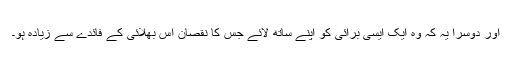
اور دوسرا یہ کہ وہ ایک ایسی برائی کو اپنے ساتھ لائے جس کا نقصان اس بھلائی کے فائدے سے زیادہ ہو۔